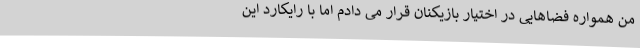
من همواره فضاهایی در اختیار بازیکنان قرار می دادم اما با رایکارد این